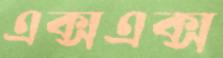
এক্সএক্স